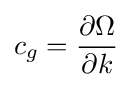
c_{g}={\frac {\partial \Omega }{\partial k}}